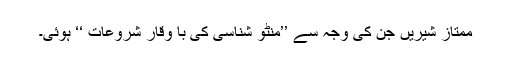
ممتاز شیریں جن کی وجہ سے ’’منٹو شناسی کی با وقار شروعات ‘‘ ہوئی۔